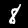
Digit: 8